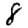
Digit: 8